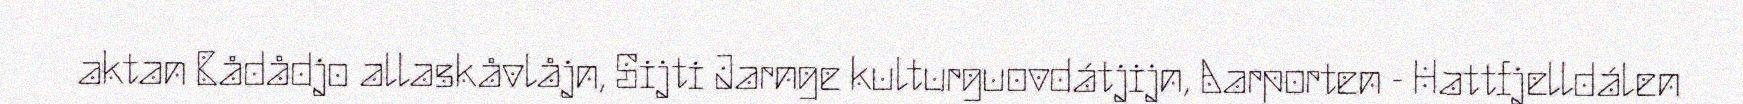
aktan Bådådjo allaskåvlåjn, Sijti Jarnge kulturguovdátjijn, Aarporten - Hattfjelldálen